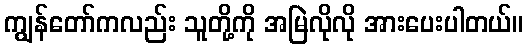
ကျွန်တော်ကလည်း သူတို့ကို အမြဲလိုလို အားပေးပါတယ်။